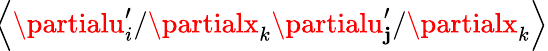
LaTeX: \! \left\langle{\partialu_{i}^{\prime}/\partialx_{k}\partialu_{\mathbf{j}}^{\prime}/\partialx_{k}}\right\rangle